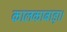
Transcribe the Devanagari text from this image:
कालकाबाड़ा।